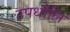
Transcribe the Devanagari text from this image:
उपधौलि